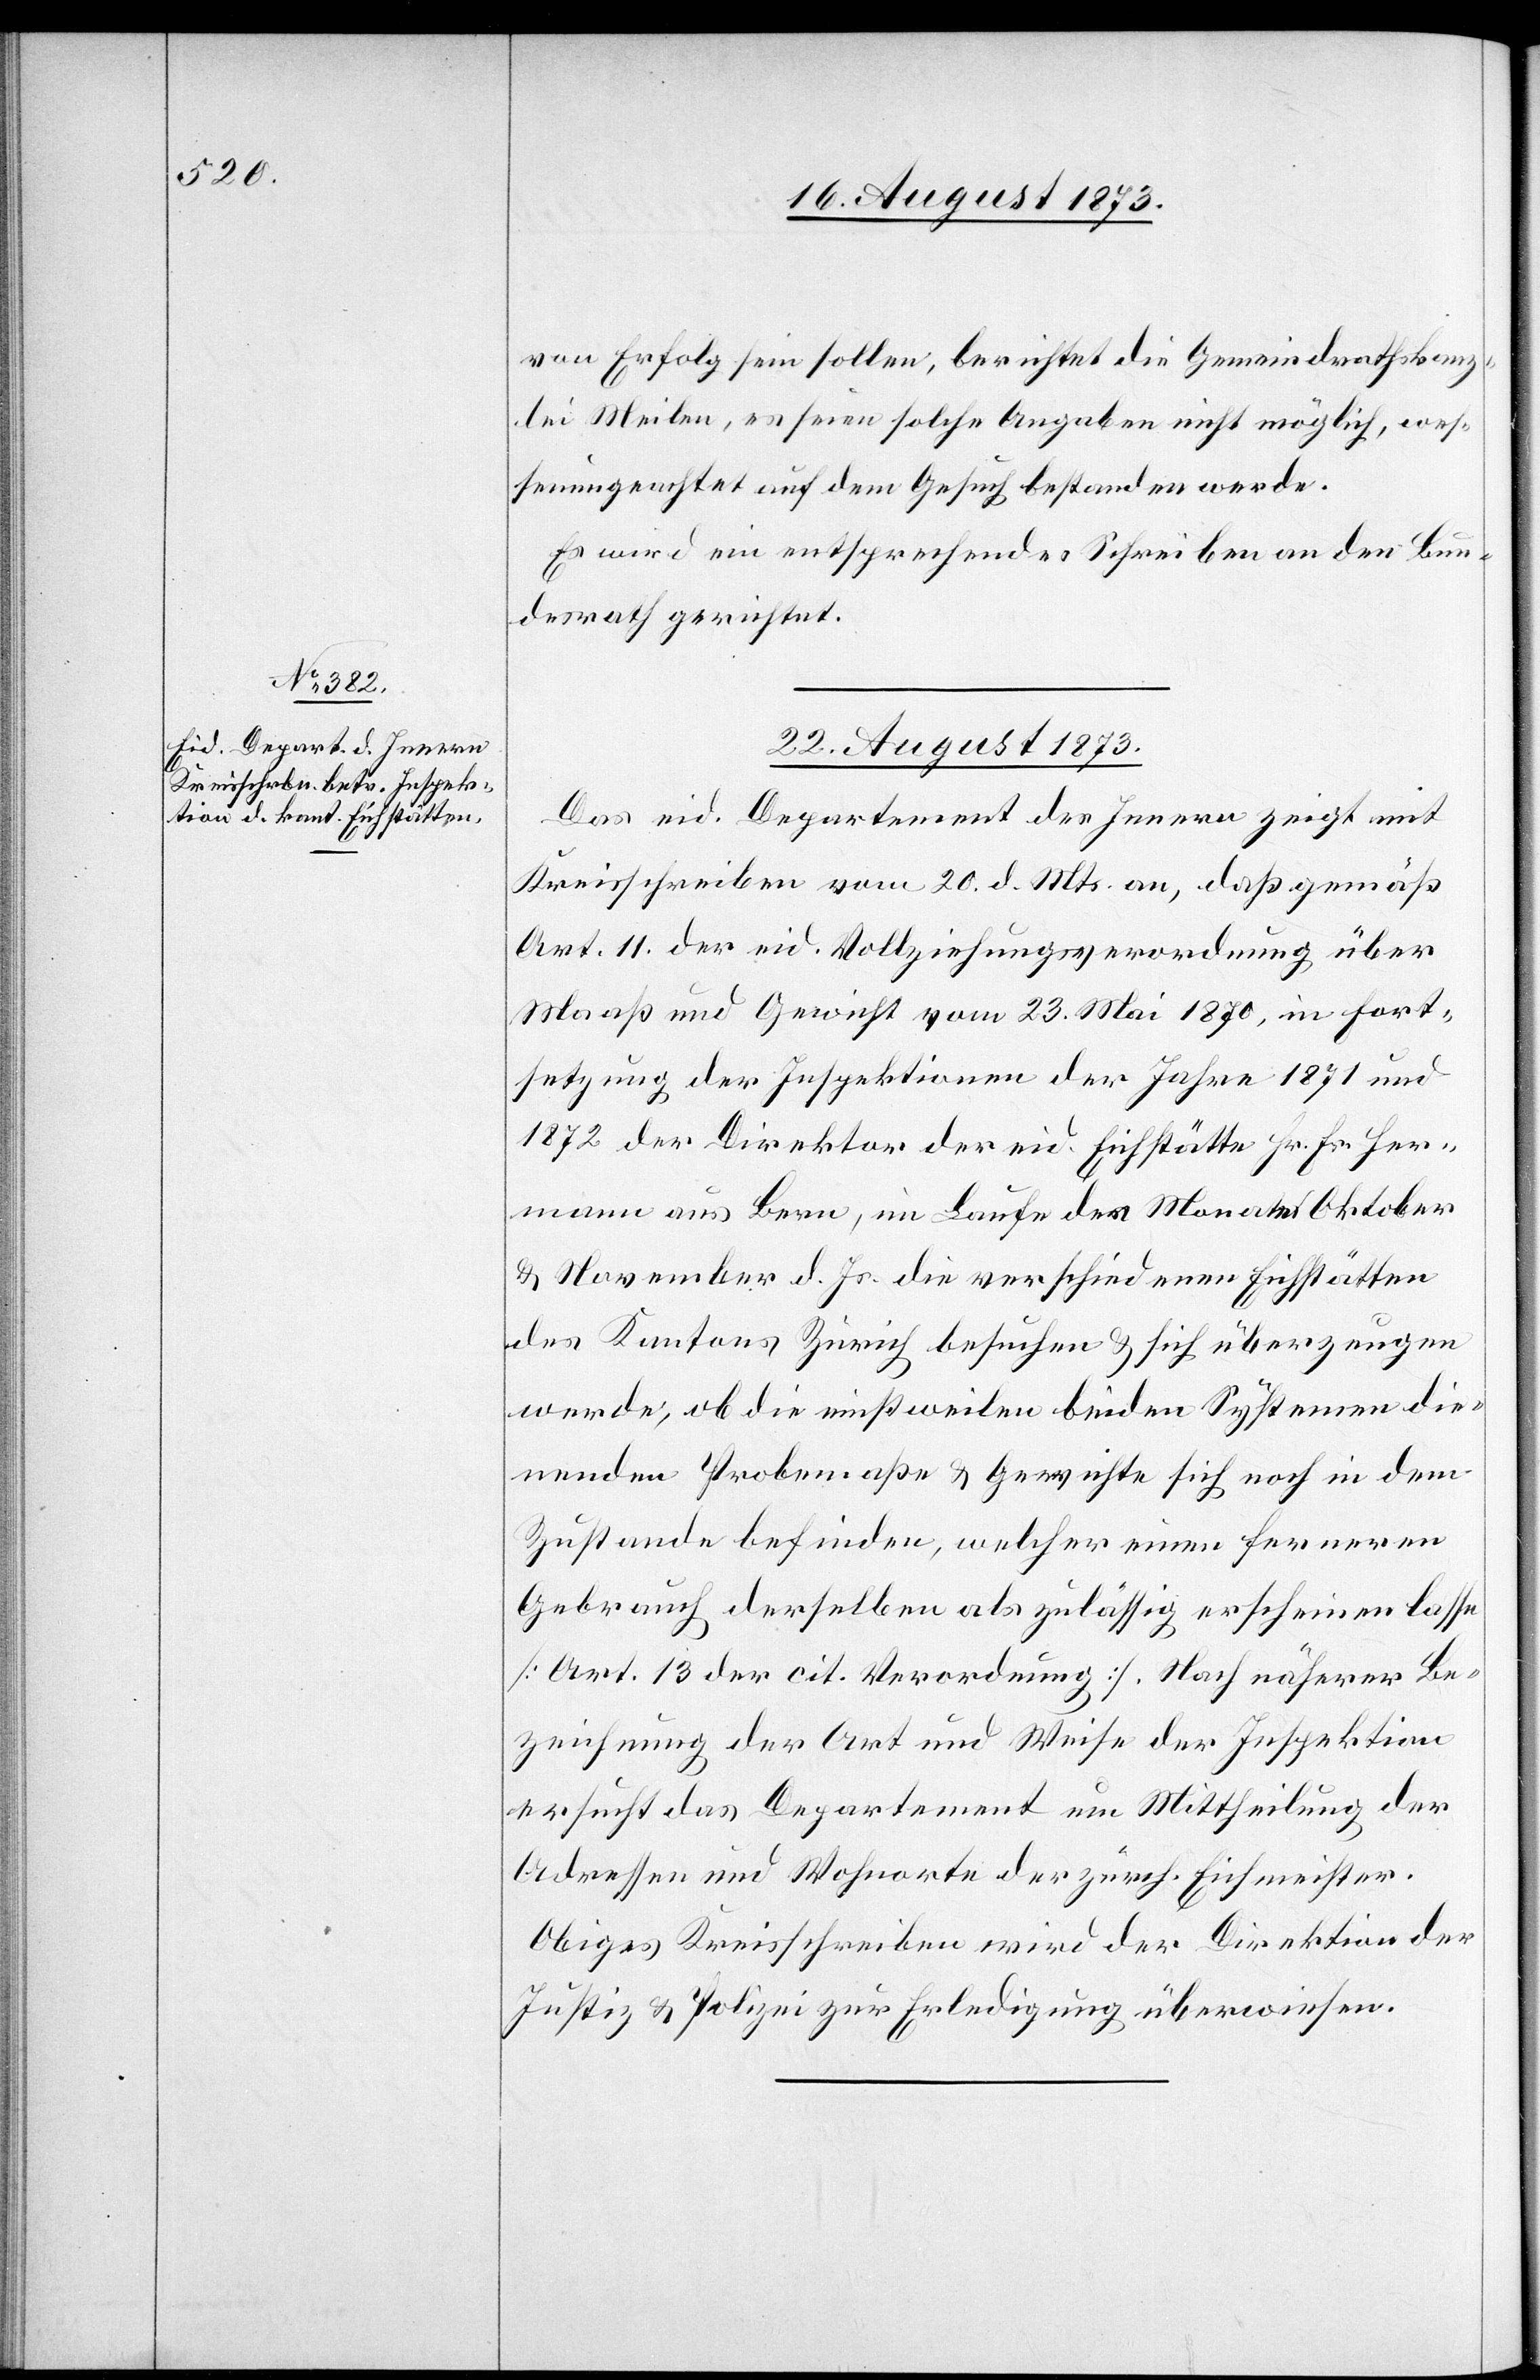
von Erfolg sein sollen, berichtet die Gemeindrathskanz¬
lei Meilen, es seien solche Angaben nicht möglich, wes¬
senungeachtet auf dem Gesuch bestanden werde.
Es wird ein entsprechendes Schreiben an den Bun¬
desrath gerichtet.
22. August 1873.
Das eid. Departement des Innern zeigt mit
Kreisschreiben vom 20. d. Mts. an, daß gemäß
Art. 11 der eid. Vollziehungsverordnung über
Maaß und Gewicht vom 23. Mai 1870, in Fort¬
setzung der Inspektionen der Jahre 1871 und
1872 der Direktor der eid. Eichstätte Hr. Fr. Her¬
mann aus Bern, im Laufe der Monate Oktober
& November d. Js. die verschiedenen Eichstätten
des Kantons Zürich besuchen & sich überzeugen
werde, ob die einstweilen beiden Systemen die¬
nenden Probemaße & Gewichte sich noch in dem
Zustande befinden, welcher einen ferneren
Gebrauch derselben als zulässig erscheinen lasse
[Art. 13 der cit. Verordnung]. Nach näherer Be¬
zeichnung der Art und Weise der Inspektion
ersucht das Departement um Mittheilung der
Adressen und Wohnorte der zürch. Eichmeister.
Obiges Kreisschreiben wird der Direktion der
Justiz & Polizei zur Erledigung überwiesen.